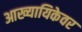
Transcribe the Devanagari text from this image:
आख्यायिकेवर